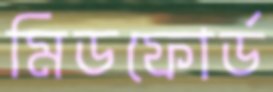
মিডফোর্ড